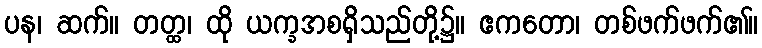
ပန၊ ဆက်။ တတ္ထ၊ ထို ယက္ခအစရှိသည်တို့၌။ ဧကတော၊ တစ်ဖက်ဖက်၏။